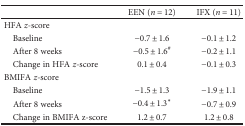
<table><thead><tr><td></td><td><b>EEN (<i>n</i> = 12)</b></td><td><b>IFX (<i>n</i> = 11)</b></td></tr></thead><tbody><tr><td>HFA <i>z</i>-score</td><td></td><td></td></tr><tr><td> Baseline</td><td>−0.7 ± 1.6</td><td>−0.1 ± 1.2</td></tr><tr><td> After 8 weeks</td><td>−0.5 ± 1.6<sup>#</sup></td><td>−0.2 ± 1.1</td></tr><tr><td> Change in HFA <i>z</i>-score</td><td>0.1 ± 0.4</td><td>−0.1 ± 0.3</td></tr><tr><td>BMIFA <i>z</i>-score</td><td></td><td></td></tr><tr><td> Baseline</td><td>−1.5 ± 1.3</td><td>−1.9 ± 1.1</td></tr><tr><td> After 8 weeks</td><td>−0.4 ± 1.3<sup>∗</sup></td><td>−0.7 ± 0.9</td></tr><tr><td> Change in BMIFA z-score</td><td>1.2 ± 0.7</td><td>1.2 ± 0.8</td></tr></tbody></table>